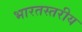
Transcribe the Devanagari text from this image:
भारतस्तरीय